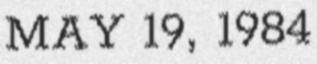
MAY 19, 1984